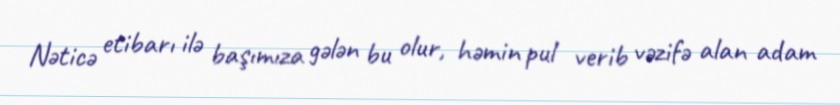
Nəticə etibarı ilə başımıza gələn bu olur, həmin pul verib vəzifə alan adam